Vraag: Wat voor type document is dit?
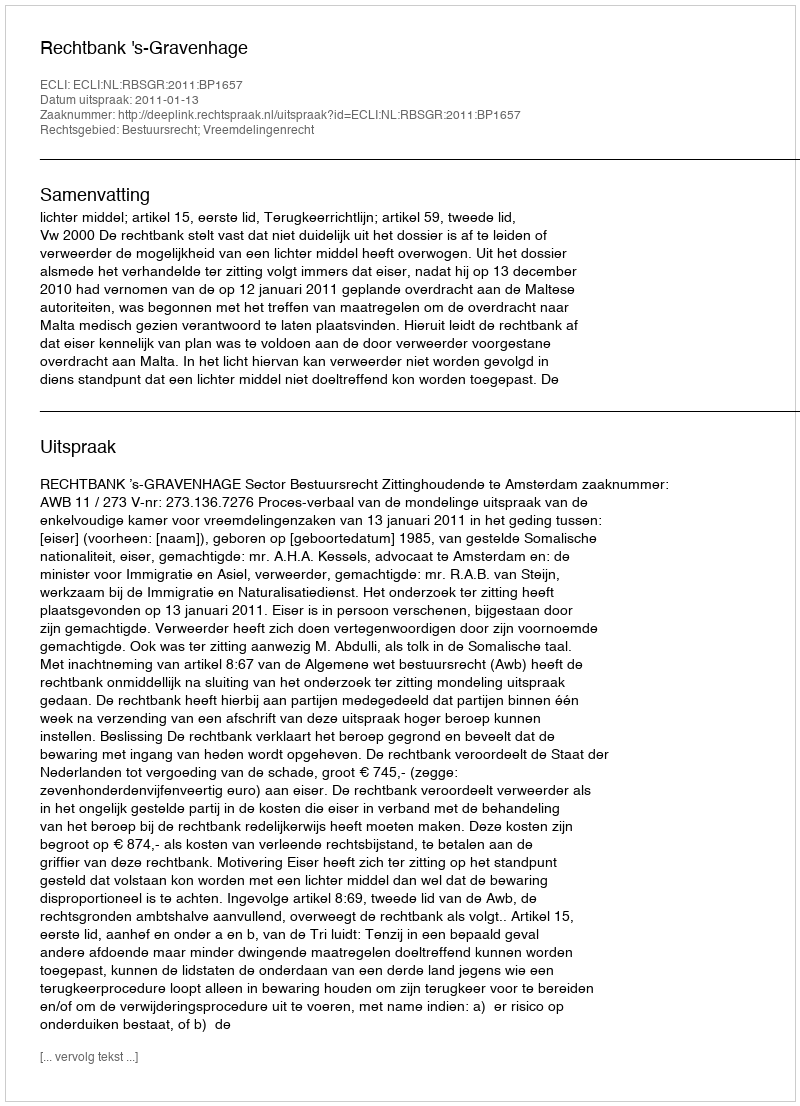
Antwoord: Uitspraak